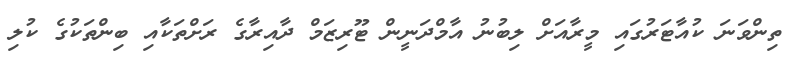
ތިންވަނަ ކުއާޓަރުގައި މީރާއަށް ލިބުނު އާމްދަނީން ޓޫރިޒަމް ދާއިރާގެ ރަށްތަކާއި ބިންތަކުގެ ކުލި